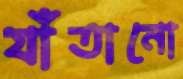
যাঁতানো